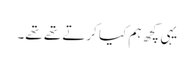
یہی کچھ ہم کیا کرتے تھے تھے۔